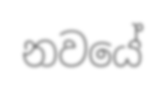
නවයේ